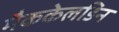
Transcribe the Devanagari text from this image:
मैककेलडिन